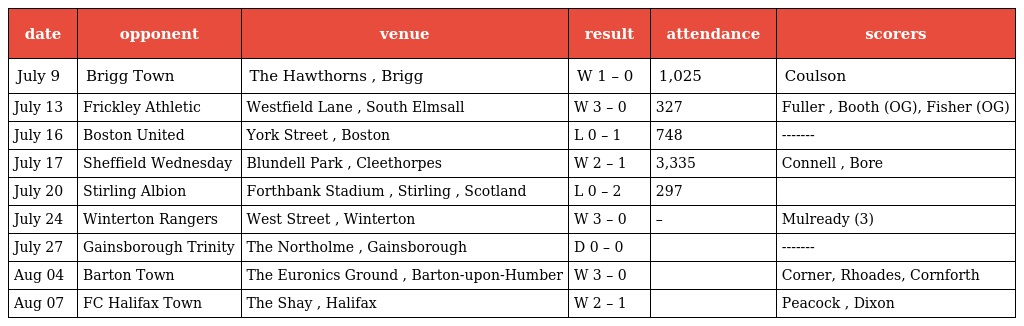
| date | opponent | venue | result | attendance | scorers |
 | --- | --- | --- | --- | --- | --- |
 | July 9 | Brigg Town | The Hawthorns , Brigg | W 1 – 0 | 1,025 | Coulson |
 | July 13 | Frickley Athletic | Westfield Lane , South Elmsall | W 3 – 0 | 327 | Fuller , Booth (OG), Fisher (OG) |
 | July 16 | Boston United | York Street , Boston | L 0 – 1 | 748 | ------- |
 | July 17 | Sheffield Wednesday | Blundell Park , Cleethorpes | W 2 – 1 | 3,335 | Connell , Bore |
 | July 20 | Stirling Albion | Forthbank Stadium , Stirling , Scotland | L 0 – 2 | 297 |  |
 | July 24 | Winterton Rangers | West Street , Winterton | W 3 – 0 | – | Mulready (3) |
 | July 27 | Gainsborough Trinity | The Northolme , Gainsborough | D 0 – 0 |  | ------- |
 | Aug 04 | Barton Town | The Euronics Ground , Barton-upon-Humber | W 3 – 0 |  | Corner, Rhoades, Cornforth |
 | Aug 07 | FC Halifax Town | The Shay , Halifax | W 2 – 1 |  | Peacock , Dixon |